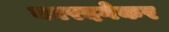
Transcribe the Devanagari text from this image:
कारदगेकर